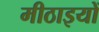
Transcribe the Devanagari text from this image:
मीठाइयों